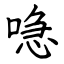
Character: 喼